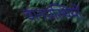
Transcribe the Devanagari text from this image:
वानप्रस्थियों